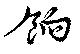
餉